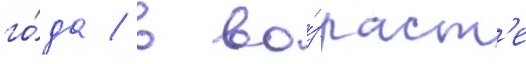
го́да / в во́зраст'е